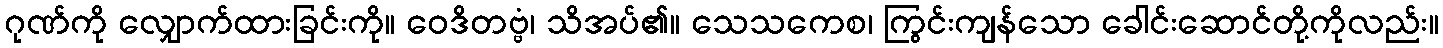
ဂုဏ်ကို လျှောက်ထားခြင်းကို။ ဝေဒိတဗ္ဗံ၊ သိအပ်၏။ သေသကေစ၊ ကြွင်းကျန်သော ခေါင်းဆောင်တို့ကိုလည်း။